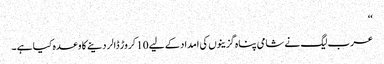
‘‘
عرب لیگ نے شامی پناہ گزینوں کی امداد کے لیے 10 کروڑ ڈالر دینے کا وعدہ کیا ہے ۔